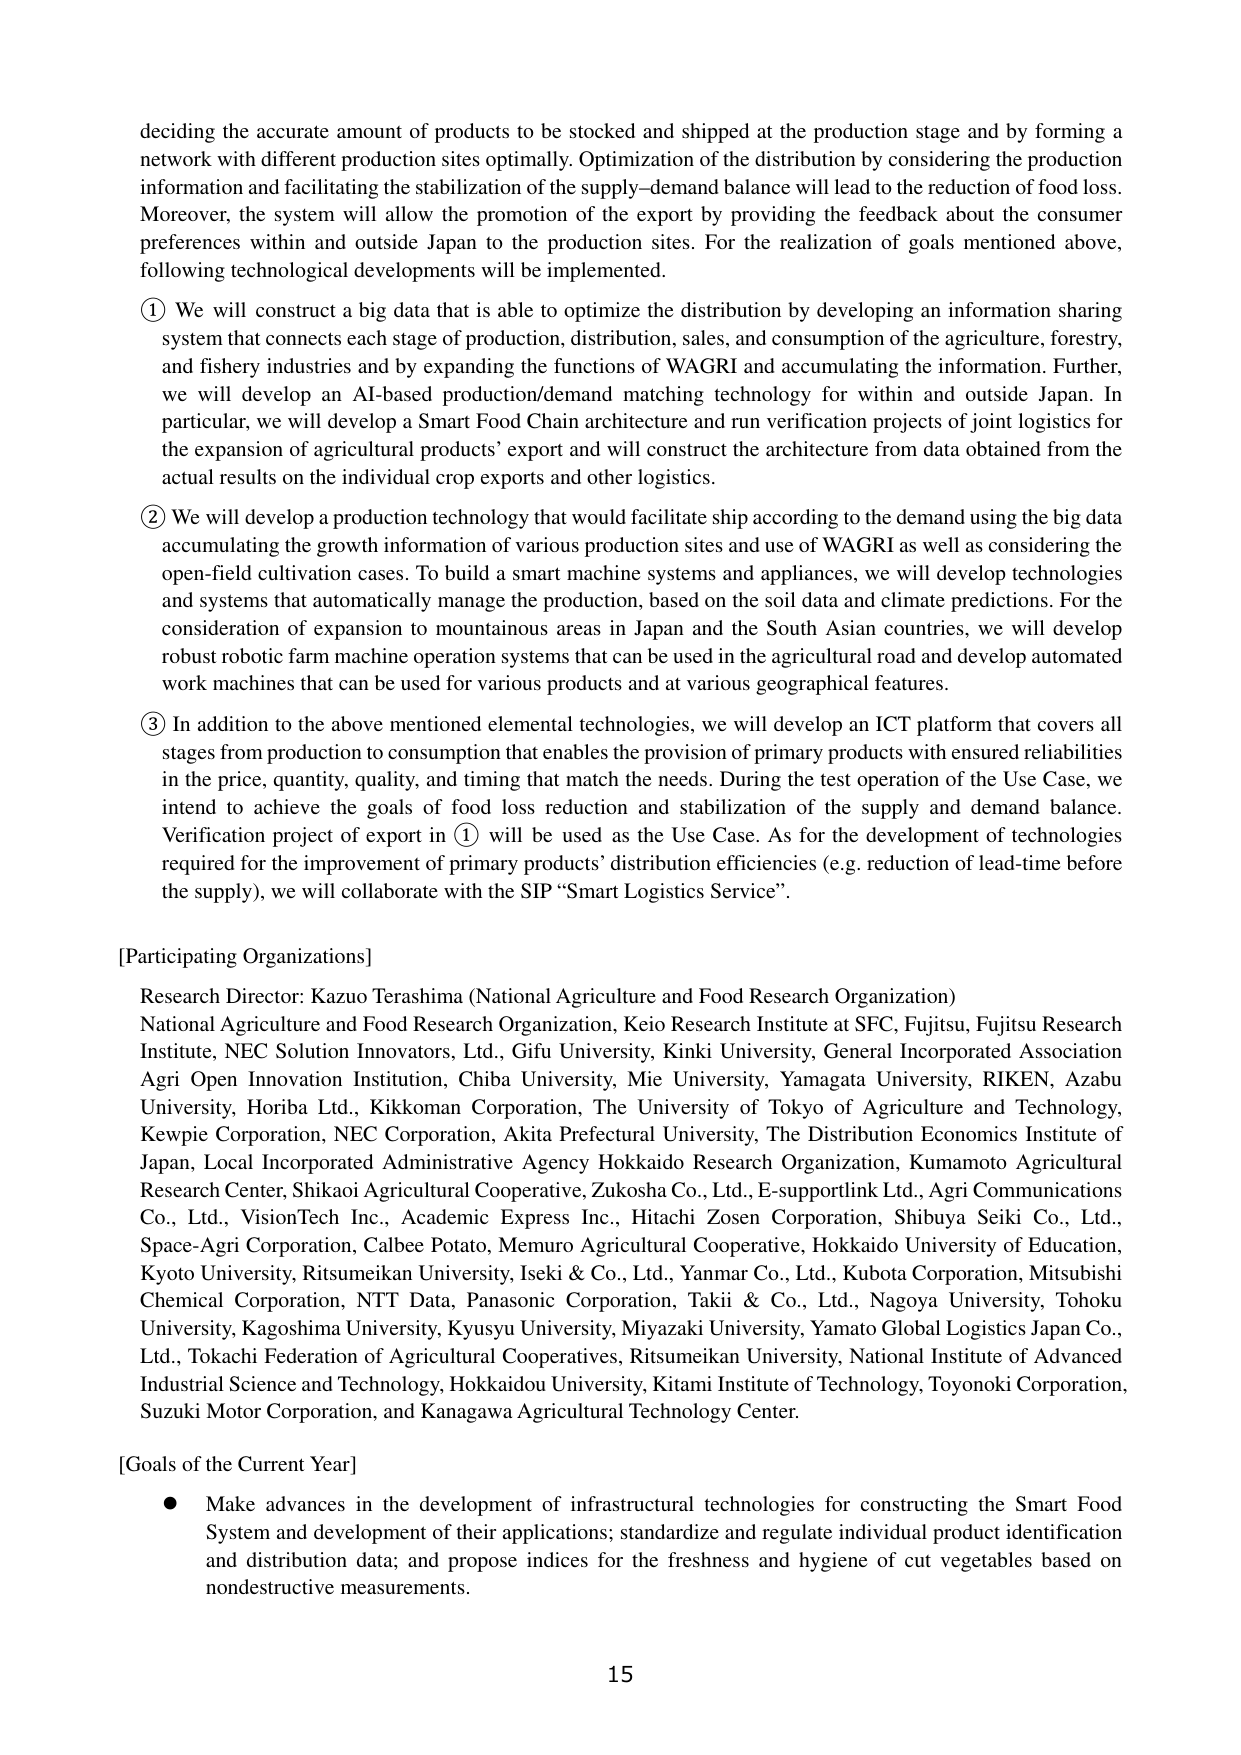
deciding the accurate amount of products to be stocked and shipped at the production stage and by forming a network with different production sites optimally. Optimization of the distribution by considering the production information and facilitating the stabilization of the supply–demand balance will lead to the reduction of food loss. Moreover, the system will allow the promotion of the export by providing the feedback about the consumer preferences within and outside Japan to the production sites. For the realization of goals mentioned above, following technological developments will be implemented.

① We will construct a big data that is able to optimize the distribution by developing an information sharing system that connects each stage of production, distribution, sales, and consumption of the agriculture, forestry, and fishery industries and by expanding the functions of WAGRI and accumulating the information. Further, we will develop an AI-based production/demand matching technology for within and outside Japan. In particular, we will develop a Smart Food Chain architecture and run verification projects of joint logistics for the expansion of agricultural products’ export and will construct the architecture from data obtained from the actual results on the individual crop exports and other logistics.

② We will develop a production technology that would facilitate ship according to the demand using the big data accumulating the growth information of various production sites and use of WAGRI as well as considering the open-field cultivation cases. To build a smart machine systems and appliances, we will develop technologies and systems that automatically manage the production, based on the soil data and climate predictions. For the consideration of expansion to mountainous areas in Japan and the South Asian countries, we will develop robust robotic farm machine operation systems that can be used in the agricultural road and develop automated work machines that can be used for various products and at various geographical features.

③ In addition to the above mentioned elemental technologies, we will develop an ICT platform that covers all stages from production to consumption that enables the provision of primary products with ensured reliabilities in the price, quantity, quality, and timing that match the needs. During the test operation of the Use Case, we intend to achieve the goals of food loss reduction and stabilization of the supply and demand balance. Verification project of export in ① will be used as the Use Case. As for the development of technologies required for the improvement of primary products’ distribution efficiencies (e.g. reduction of lead-time before the supply), we will collaborate with the SIP “Smart Logistics Service”.

[Participating Organizations]
Research Director: Kazuo Terashima (National Agriculture and Food Research Organization)
National Agriculture and Food Research Organization, Keio Research Institute at SFC, Fujitsu, Fujitsu Research Institute, NEC Solution Innovators, Ltd., Gifu University, Kinki University, General Incorporated Association Agri Open Innovation Institution, Chiba University, Mie University, Yamagata University, RIKEN, Azabu University, Horiba Ltd., Kikkoman Corporation, The University of Tokyo of Agriculture and Technology, Kewpie Corporation, NEC Corporation, Akita Prefectural University, The Distribution Economics Institute of Japan, Local Incorporated Administrative Agency Hokkaido Research Organization, Kumamoto Agricultural Research Center, Shikaoi Agricultural Cooperative, Zukosha Co., Ltd., E-supportlink Ltd., Agri Communications Co., Ltd., VisionTech Inc., Academic Express Inc., Hitachi Zosen Corporation, Shibuya Seiki Co., Ltd., Space-Agri Corporation, Calbee Potato, Memuro Agricultural Cooperative, Hokkaido University of Education, Kyoto University, Ritsumeikan University, Iseki & Co., Ltd., Yanmar Co., Ltd., Kubota Corporation, Mitsubishi Chemical Corporation, NTT Data, Panasonic Corporation, Takii & Co., Ltd., Nagoya University, Tohoku University, Kagoshima University, Kyusyu University, Miyazaki University, Yamato Global Logistics Japan Co., Ltd., Tokachi Federation of Agricultural Cooperatives, Ritsumeikan University, National Institute of Advanced Industrial Science and Technology, Hokkaidou University, Kitami Institute of Technology, Toyonoki Corporation, Suzuki Motor Corporation, and Kanagawa Agricultural Technology Center.

[Goals of the Current Year]
● Make advances in the development of infrastructural technologies for constructing the Smart Food System and development of their applications; standardize and regulate individual product identification and distribution data; and propose indices for the freshness and hygiene of cut vegetables based on nondestructive measurements.

15